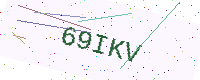
Text: 69IKV